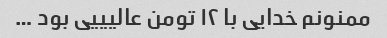
ممنونم خدایی با ۱۲ تومن عالیییی بود …